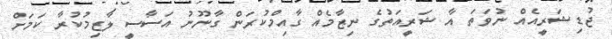
ޖުޑިޝަރީއެއް ނުވަތަ އާ ޝަރީއަތުގެ ނިޒާމެއް ގާއިމްކުރަން ގާނޫނު އަސާސީ ލާޒިމުކުރާ ކަމަށް